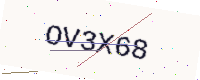
Text: OV3X68